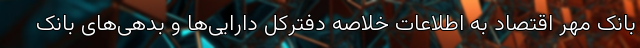
بانک مهر اقتصاد به اطلاعات خلاصه دفترکل دارایی‌ها و بدهی‌های بانک